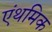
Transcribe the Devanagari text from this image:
एंथमिक